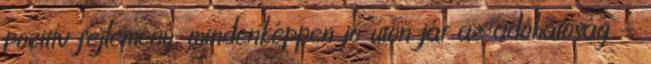
pozitív fejlemény, mindenképpen jó úton jár az adóhatóság -